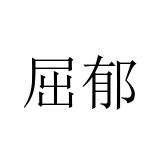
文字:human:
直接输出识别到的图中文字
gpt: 屈郁